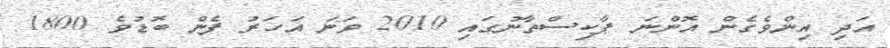
އަދި އިންވެގެން އޮންނަ ޕާކިސްތާނުގައި 2010 ވަނަ އަހަރު ފެން ބޮޑުވެ 1800